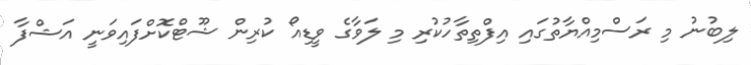
ލިބުނު މި ރަސްމިއްޔާތުގައި އިފްތިތާހުކުރި މި ލަވާގެ ވީޑިއޯ ކުރިން ޝޫޓްކޮށްފައިވަނީ އަޝްފާ